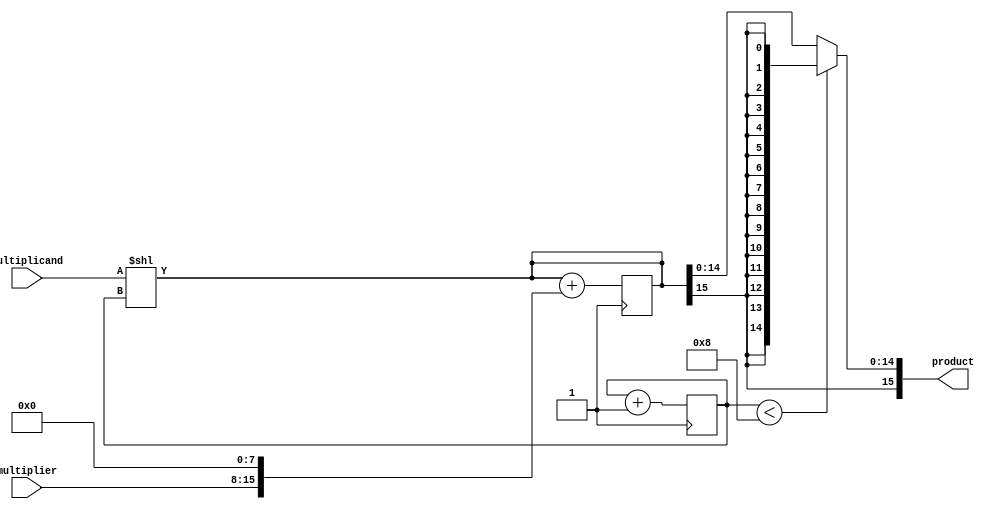
module ShiftAndAddMultiplier(
   input wire [7:0] multiplicand,
   input wire [7:0] multiplier,
   output reg [15:0] product
);

reg [15:0] partial_product;
reg [3:0] shift_count;
wire carry_out;

always @(*) begin
    partial_product = multiplicand << shift_count;
end

always @(*) begin
    if (shift_count < 8)
        product = {16{carry_out}}; 
    else
        product = partial_product;
end

always @(posedge clock) begin
    shift_count <= shift_count + 1;
end

always @(posedge clock) begin
    partial_product <= partial_product + {8'b0, multiplier, 8'b0};
end

assign carry_out = partial_product[15];
endmodule